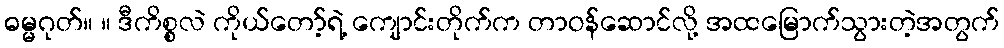
ဓမ္မဂုတ်။ ။ ဒီကိစ္စလဲ ကိုယ်တော့်ရဲ့ ကျောင်းတိုက်က တာဝန်ဆောင်လို့ အထမြောက်သွားတဲ့အတွက်